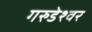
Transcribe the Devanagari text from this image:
गरुडेश्वर